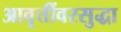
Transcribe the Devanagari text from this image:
आवृत्तींवरसुद्धा